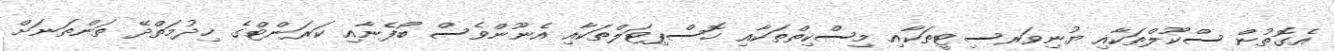
އެގޮތުން ސްކޫލްތަކާއި ޔުނިވަރސިޓީތަކާއި މިސްކިތްތަކާއި ހޮސްޕިޓަލްތަކާއި އެނޫންވެސް ބޯފެނާއި ކަރަންޓްގެ ޚިދުމަތްދޭ ތަންތަނަށް